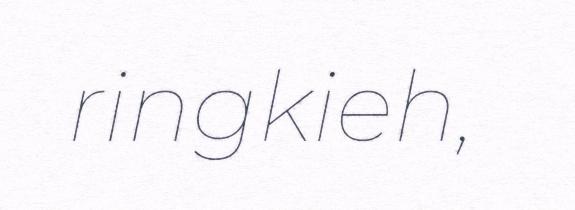
ringkieh,